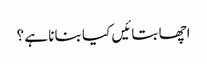
اچھا بتائیں کیا بنانا ہے ؟